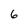
Character: 6